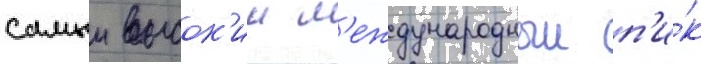
самыи высок'ии м'еждународныи п'и́к